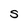
Character: S